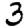
Digit: 3